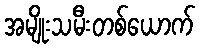
အမျိုးသမီးတစ်ယောက်